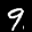
Label: 9